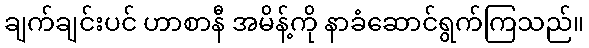
ချက်ချင်းပင် ဟာစာနီ အမိန့်ကို နာခံဆောင်ရွက်ကြသည်။